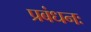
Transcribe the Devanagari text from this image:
प्रबंधनः